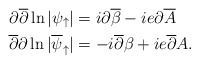
LaTeX: \begin{align*}\partial\overline{\partial}\ln|\psi_{\uparrow}|&=i\partial\overline{\beta}-ie\partial\overline{A}\\\overline{\partial}\partial\ln|\overline{\psi}_{\uparrow}|&=-i\overline{\partial}\beta+ie\overline{\partial}A.\end{align*}